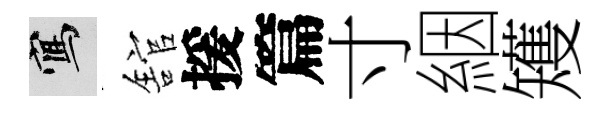
寫舘援篇寸絪矱